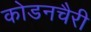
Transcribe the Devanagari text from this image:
कोडनचैरी